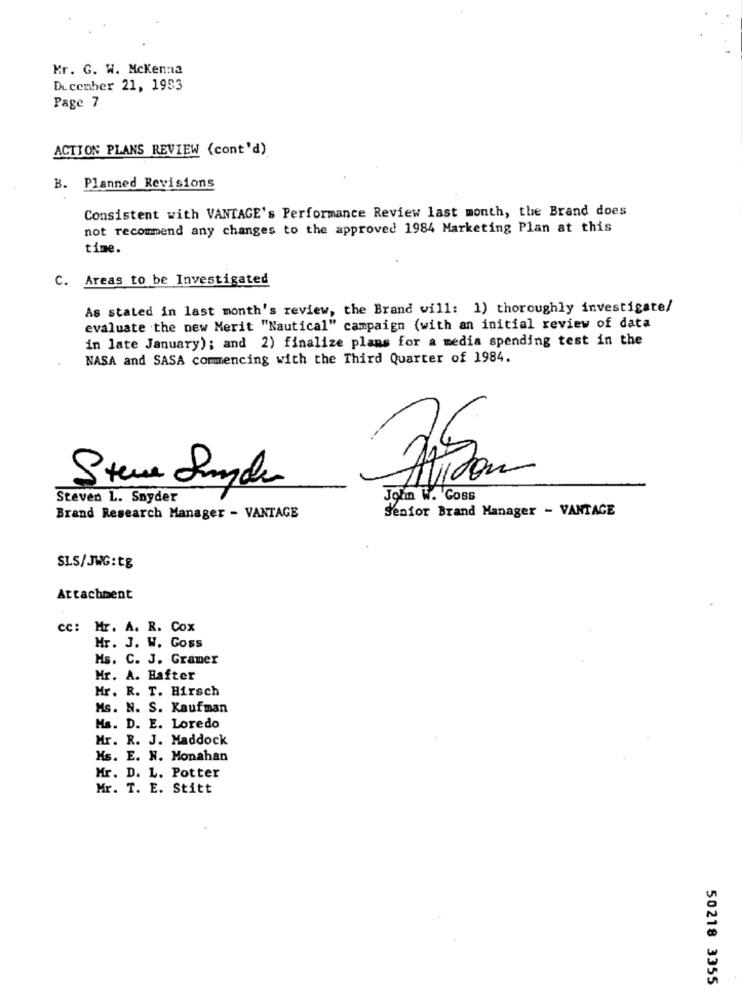
Mr. G. W. Mckenna
December 21, 1993
Page 7
ACTION PLANS REVIEW (cont'd)
B. Planned Revisions
Consistent with VANTAGE's Performance Review last month, the Brand does
not recommend any changes to the approved 1984 Marketing Plan at this
time.
C. Areas to be Investigated
As stated in last month's review, the Brand will: 1) thoroughly investigate/
evaluate the new Merit "Nautical" campaign (with an initial review of data
in late January); and 2) finalize plans for a media spending test in the
NASA and SASA commencing with the Third Quarter of 1984.
Steve Snyde
Steven L. Snyder
John W. Goss
Senior Brand Manager - VANTAGE
Brand Research Manager - VANTAGE
SLS/JWG:t&
Attachment
cc: Mr. A. R. Cox
Mr. J. W. Goss
Ms. C. J. Gramer
Mr. A. Hafter
Mr. R. T. Hirsch
Ms. N. S. Kaufman
Ms. D. E. Loredo
Mr. R. J. Maddock
Ms. E. N. Monahan
Mr. D. L. Potter
Mr. T. E. Stitt
50218 3355